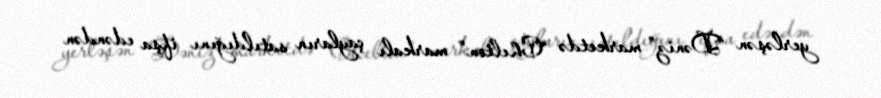
yerləşən “Dəniz” marketdə “Chelton” markalı çayların satıldığını ifşa edəndən